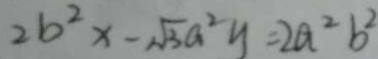
2 b ^ { 2 } x - \sqrt { 3 } a ^ { 2 } y = 2 a ^ { 2 } b ^ { 2 }